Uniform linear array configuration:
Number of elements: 12
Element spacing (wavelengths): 0.25
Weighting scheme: hamming
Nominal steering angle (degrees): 0
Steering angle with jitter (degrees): -0.1943
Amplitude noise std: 0.05
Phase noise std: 0.05

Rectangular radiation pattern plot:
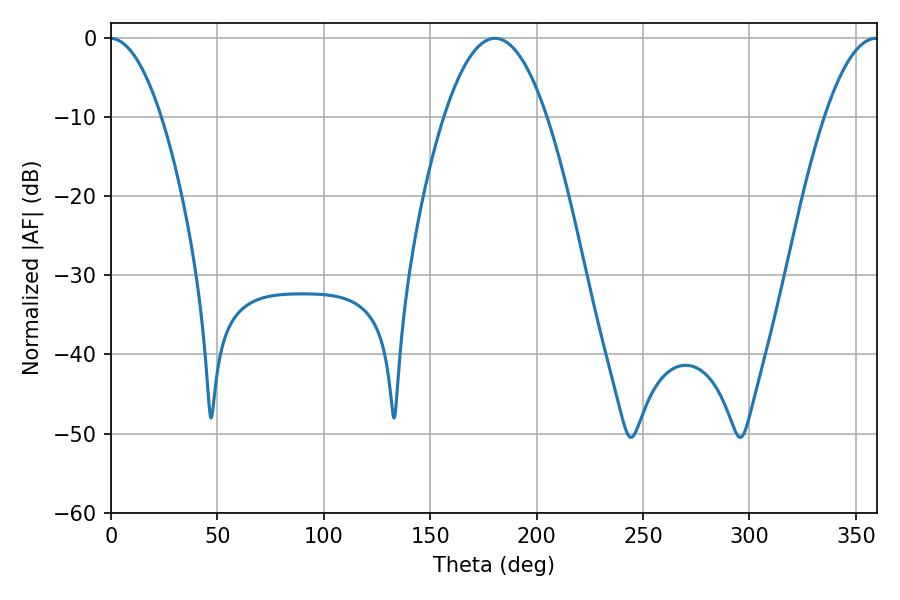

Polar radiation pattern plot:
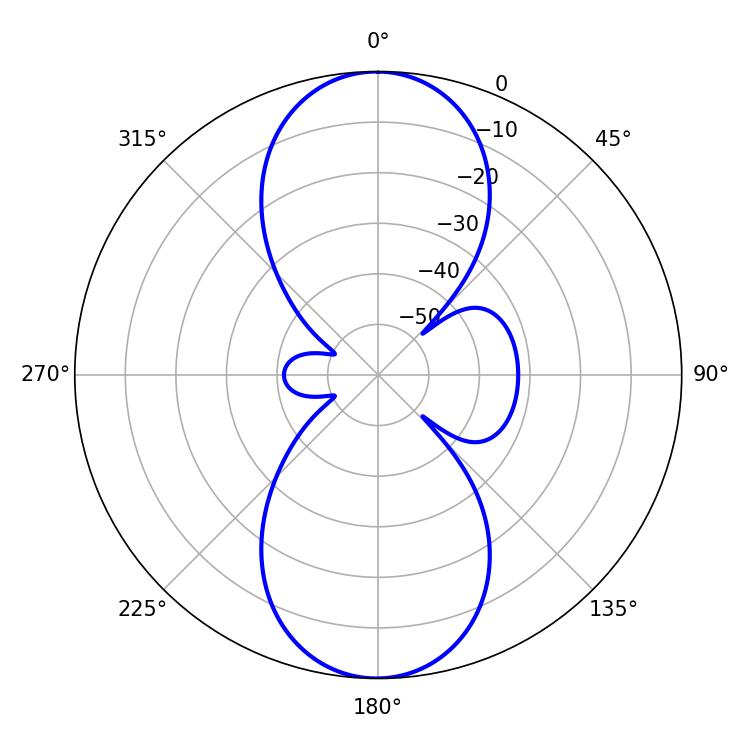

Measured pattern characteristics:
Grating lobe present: FALSE
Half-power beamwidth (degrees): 13.86
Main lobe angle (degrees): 359.46